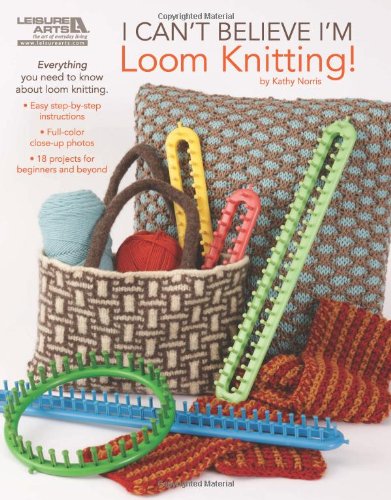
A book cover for I Can't Believe I'm Loom Knitting  (Leisure Arts #5250); Kathy Norris; Crafts, Hobbies & Home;